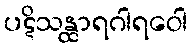
ပဋိသန္ထာရဂါရဝေါ